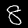
Digit: 8